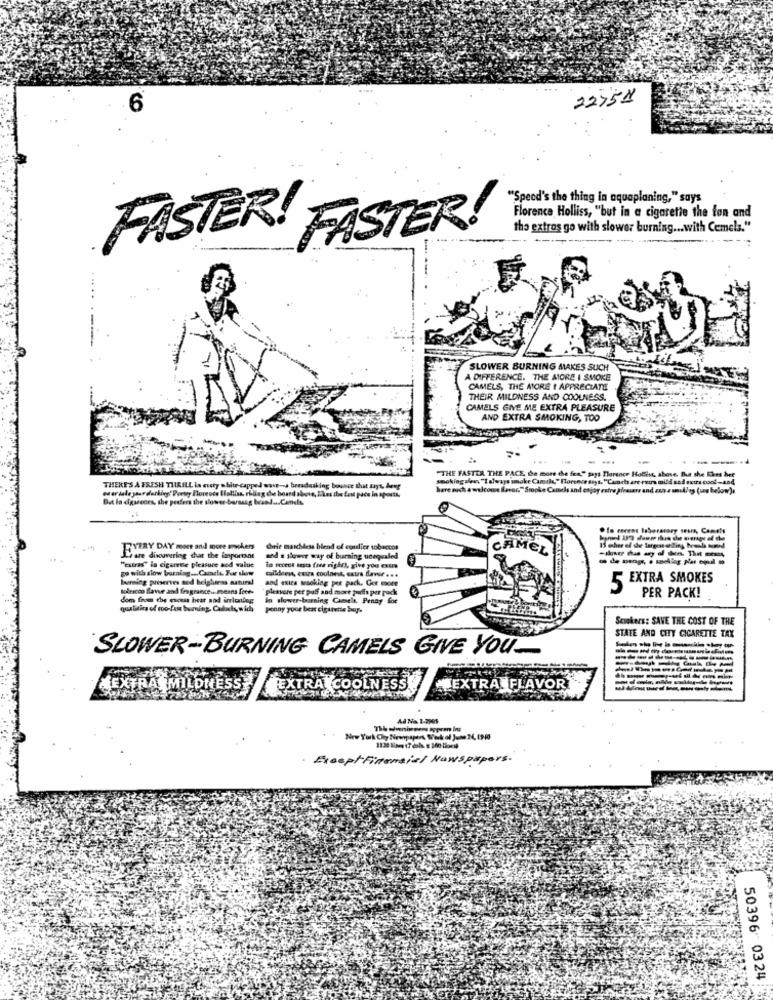
22754
6
"Specd's the thing in aquaplaning," says
Florence Holliss, "but in a cigarette the ton and
the extras go with slower burning ... with Cemels."
FASTER! FASTER!
SLOWER BURNING MAKES SUCH
A DIFFERENCE. THE ATORE I SMOKE
CAMELS, THE MORE I APPRECIATE
THEIR MILDNESS AND COOLNESS.
CAMELS GIVE ME EXTRA PLEASURE
AND EXTRA SMOKING, TOO
--.
"THE FASTER THE PACE, the more the fen" says Thorance Hollins, above. Bhe she thes her
smokingalen, "Ialways smoke Cusde," Florence says,"Camacha are extra mild sad extra cool-and
THERE'S A FRESH THRILL in cucty white-capped wave-a breads
ing bounce that says, berg
hare such a welcome favor." Smoke Camels and enjoy estre jivecare and zah a umsklep (une below).
But la digadeces, the pesters the slower barssag brand ... Conds.
. fo recens Iobererary se.14, Ca
EVERY DAY more and more smuckers
chele maidsless blend of coulier tobaccos
CAMEL
Lare discovering that the important
and a slower way of burning unequaled
"extras" la cigarette pleasure nod value
go with alow burning ... Candle Far slow
la recece tests fres right), give you extra
burning preserves aod helghiess natural
and exits sesoking per pack. Get more
5 EXTRA SMOKES
bukrscco Slavee and fragrance ... means forte
plesvore per paff and more puds por pock
dom from the excus heat and irritating
In slower-burning Cameis, Penny for
PER PACK!
quafisica of too-fas burning. Cadichs, w ich
ponny your bear cigarette buy-
Smokers: SAVE THE COST OF THE
STATE AND CITY CIGARETTE TAX
SLOWER-BURNING CAMELS GIVE YOU_
HEXTRA MILONESS?
EXTRA COOLNESS
EXTRA FLAVOR
------------
Ad No. 1-2965
New York Chy Newpapers Sokol Jute ?
· Except Financial Newspapers.
50396 0324